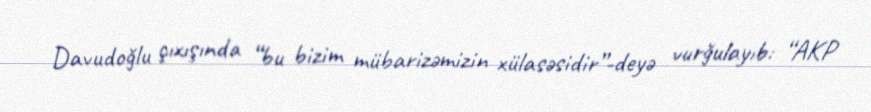
Davudoğlu çıxışında “bu bizim mübarizəmizin xülasəsidir”-deyə vurğulayıb: “AKP